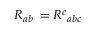
R _ { a b } \, = R ^ { c } { } _ { a b c }